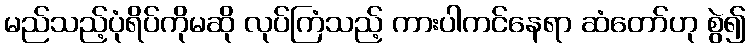
မည်သည့်ပုံရိပ်ကိုမဆို လုပ်ကြံသည့် ကားပါကင်နေရာ ဆံတော်ဟု စွဲ၍